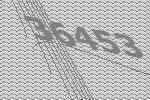
36453